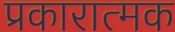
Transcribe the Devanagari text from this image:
प्रकारात्मक